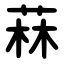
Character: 菻